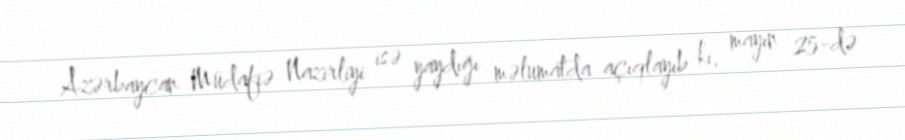
Azərbaycan Müdafiə Nazirliyi isə yaydığı məlumatda açıqlayıb ki, mayın 25-də